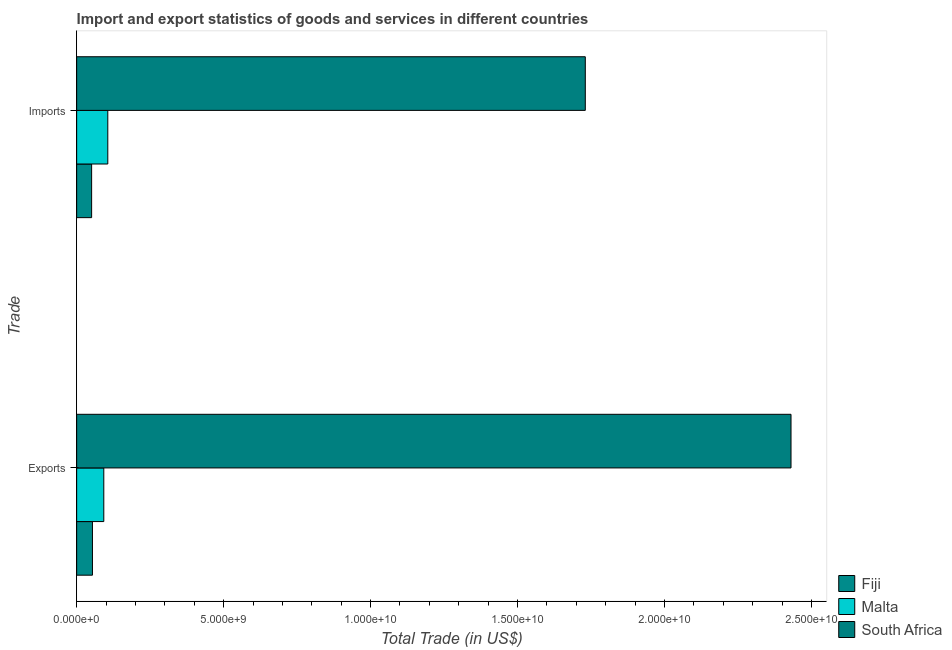
| Trade | Fiji | Malta | South Africa |
 | --- | --- | --- | --- |
 | Exports | 5.38e+08 | 9.23e+08 | 2.43e+10 |
 | Imports | 5.09e+08 | 1.06e+09 | 1.73e+10 |